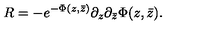
R = - e ^ { - \Phi ( z , \bar { z } ) } \partial _ { z } \partial _ { \bar { z } } \Phi ( z , \bar { z } ) .